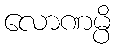
လောဏမ္ပိ